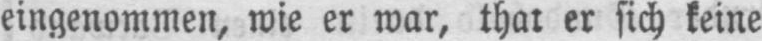
eingenommen, wie er war, that er sich keine